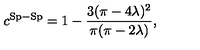
c ^ { \mathrm { S p - S p } } = 1 - \frac { 3 ( \pi - 4 \lambda ) ^ { 2 } } { \pi ( \pi - 2 \lambda ) } ,